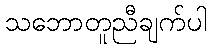
သဘောတူညီချက်ပါ